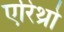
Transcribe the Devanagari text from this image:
एरिथ्रो